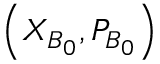
\left( { { X } _ { B _ { 0 } } } , { { P } _ { B _ { 0 } } } \right)